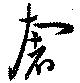
奢